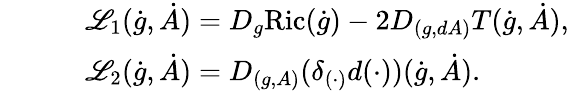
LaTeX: \begin{array}{rl}&{\qquad\mathscr{L}_{1}(\dot{g},\dot{A})=D_{g}\mathrm{Ric}(\dot{g})-2D_{(g,dA)}T(\dot{g},\dot{A}),}\\ &{\qquad\mathscr{L}_{2}(\dot{g},\dot{A})=D_{(g,A)}(\delta_{(\cdot)}d(\cdot))(\dot{g},\dot{A}).}\end{array}